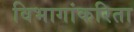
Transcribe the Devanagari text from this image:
विभागांकरिता